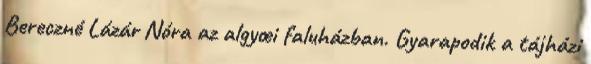
Bereczné Lázár Nóra az algyœi faluházban. Gyarapodik a tájházi